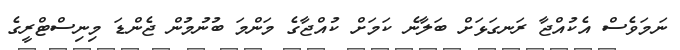
ނަމަވެސް އެކުއްޖާ ރަނގަޅަށް ބަލާނެ ކަމަށް ކުއްޖާގެ މަންމަ ބުނުމުން ޖެންޑަ މިނިސްޓްރީގެ